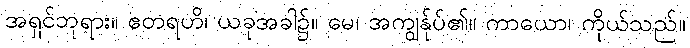
အရှင်ဘုရား။ ဧတရဟိ၊ ယခုအခါ၌။ မေ၊ အကျွန်ုပ်၏။ ကာယော၊ ကိုယ်သည်။